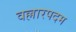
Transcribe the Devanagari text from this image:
वल्लारपदम